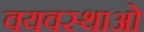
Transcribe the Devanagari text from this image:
वयवस्थाओं